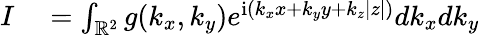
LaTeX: \begin{array}{rl}{I}&{{}=\int_{\mathbb{R}^{2}}g(k_{x},k_{y})e^{\mathrm{i}(k_{x}x+k_{y}y+k_{z}|z|)}dk_{x}dk_{y}}\end{array}